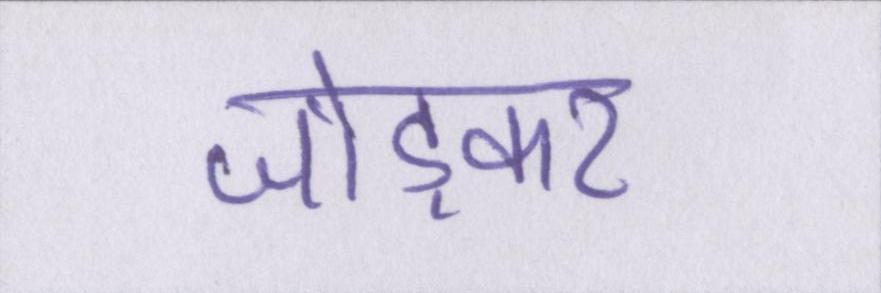
जोड़कर